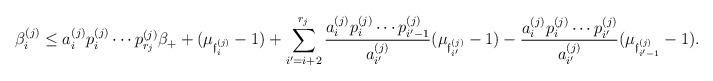
LaTeX: \begin{align*}\beta^{(j)}_{i} \leq a^{(j)}_{i}p^{(j)}_{i}\cdots p^{(j)}_{r_j}\beta_{+} + (\mu_{\mathfrak{f}^{(j)}_i}-1)+\sum_{i'=i+2}^{r_j}\frac{a^{(j)}_{i}p^{(j)}_{i}\cdots p^{(j)}_{i'-1}}{a^{(j)}_{i'}}(\mu_{\mathfrak{f}^{(j)}_{i'}}-1) - \frac{a^{(j)}_{i}p^{(j)}_{i}\cdots p^{(j)}_{i'}}{a^{(j)}_{i'}}(\mu_{\mathfrak{f}^{(j)}_{i'-1}}-1).\end{align*}